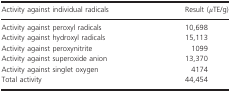
| Activity against individual radicals | Result (μTE/g) |
 | --- | --- |
 | Activity against peroxyl radicals | 10,698 |
 | Activity against hydroxyl radicals | 15,113 |
 | Activity against peroxynitrite | 1099 |
 | Activity against superoxide anion | 13,370 |
 | Activity against singlet oxygen | 4174 |
 | Total activity | 44,454 |